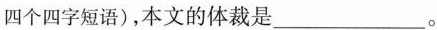
四个四字短语)，本文的体裁是___。